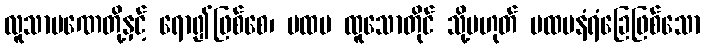
လူသာမဏေတို့နှင့် ရော၍ဖြစ်စေ၊ ပထမ ထူသောတိုင် သို့မဟုတ် ပထမနံရံခြေဖြစ်သော